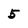
Character: 5